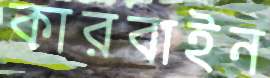
কারবাইন